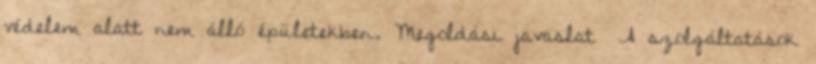
védelem alatt nem álló épületekben. Megoldási javaslat ▪A szolgáltatások